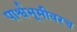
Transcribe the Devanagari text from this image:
पार्श्वभूमीवरच